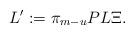
LaTeX: \begin{align*}L^\prime: = \pi_{m-u} PL\Xi.\end{align*}